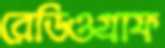
রেডিওগ্রাফ